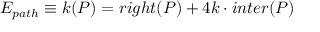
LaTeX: E _ { p a t h } \equiv k ( P ) = r i g h t ( P ) + 4 k \cdot i n t e r ( P )